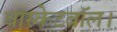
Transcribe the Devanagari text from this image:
बास्केटबॉल।